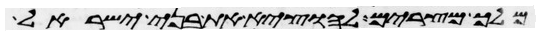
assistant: מלך מצרים להוציא את בני ישראל